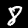
Label: 8